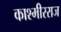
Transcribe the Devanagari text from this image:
काश्मीरराज